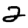
Digit: 2